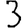
Digit: 3